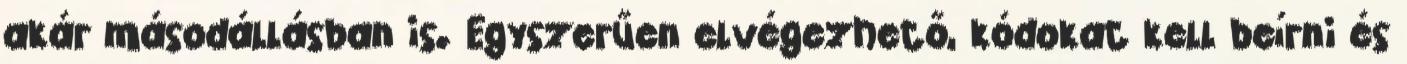
akár másodállásban is. Egyszerűen elvégezhető, kódokat kell beírni és